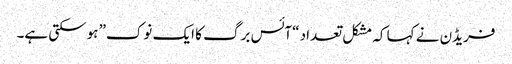
فریڈن نے کہا کہ مشکل تعداد “آئس برگ کا ایک نوک” ہوسکتی ہے۔